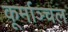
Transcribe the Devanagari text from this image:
कूर्माञ्चल